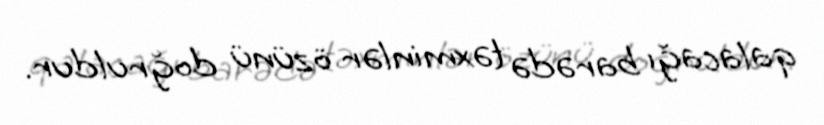
qalacağı barədə təxminlər özünü doğruldur.